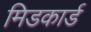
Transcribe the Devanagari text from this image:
मिडकार्ड